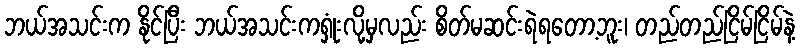
ဘယ်အသင်းက နိုင်ပြီး ဘယ်အသင်းကရှုံးလို့မှလည်း စိတ်မဆင်းရဲရတော့ဘူး၊ တည်တည်ငြိမ်ငြိမ်နဲ့